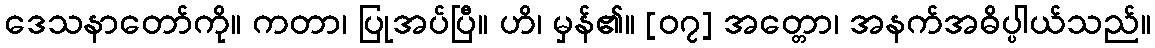
ဒေသနာတော်ကို။ ကတာ၊ ပြုအပ်ပြီ။ ဟိ၊ မှန်၏။ [၀၇] အတ္တော၊ အနက်အဓိပ္ပါယ်သည်။